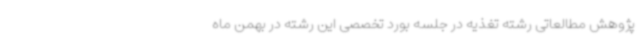
پژوهش مطالعاتی رشته تغذیه در جلسه بورد تخصصی این رشته در بهمن ‌ماه